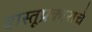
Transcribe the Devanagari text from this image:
वास्तूप्रकाराचे